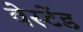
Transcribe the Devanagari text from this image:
वेस्टेंड